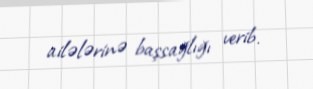
ailələrinə başsağlığı verib.